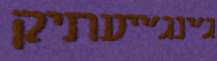
ג'ינג'ייעתיק